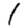
Digit: 1